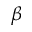
\beta